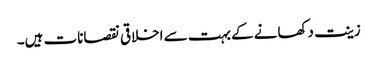
زینت دکھانے کے بہت سے اخلاقی نقصانات ہیں۔